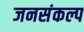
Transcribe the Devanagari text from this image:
जनसंकल्प